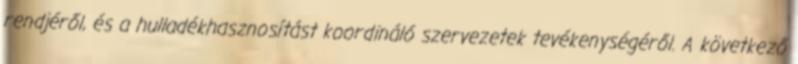
rendjéről, és a hulladékhasznosítást koordináló szervezetek tevékenységéről. A következő